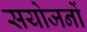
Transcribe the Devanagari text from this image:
सयोजनों